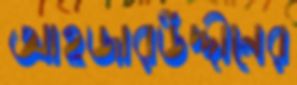
আহজারউদ্দীনের